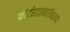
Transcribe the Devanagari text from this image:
फोटोडाइमरीकरण